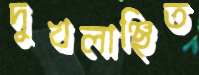
দুখলাঞ্ছিত